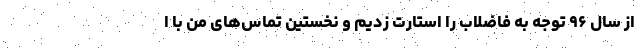
از سال ۹۶ توجه به فاضلاب را استارت زدیم و نخستین تماس‌های من با ا